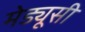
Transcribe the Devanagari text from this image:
मेड्यूसी